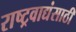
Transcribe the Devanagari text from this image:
राष्ट्रवाद्यंसाठी